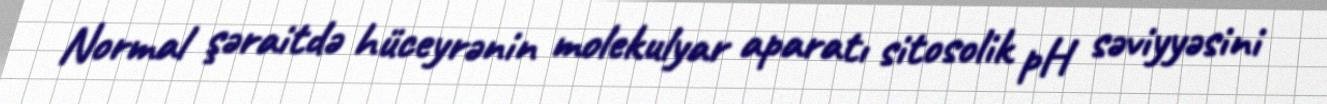
Normal şəraitdə hüceyrənin molekulyar aparatı sitosolik pH səviyyəsini